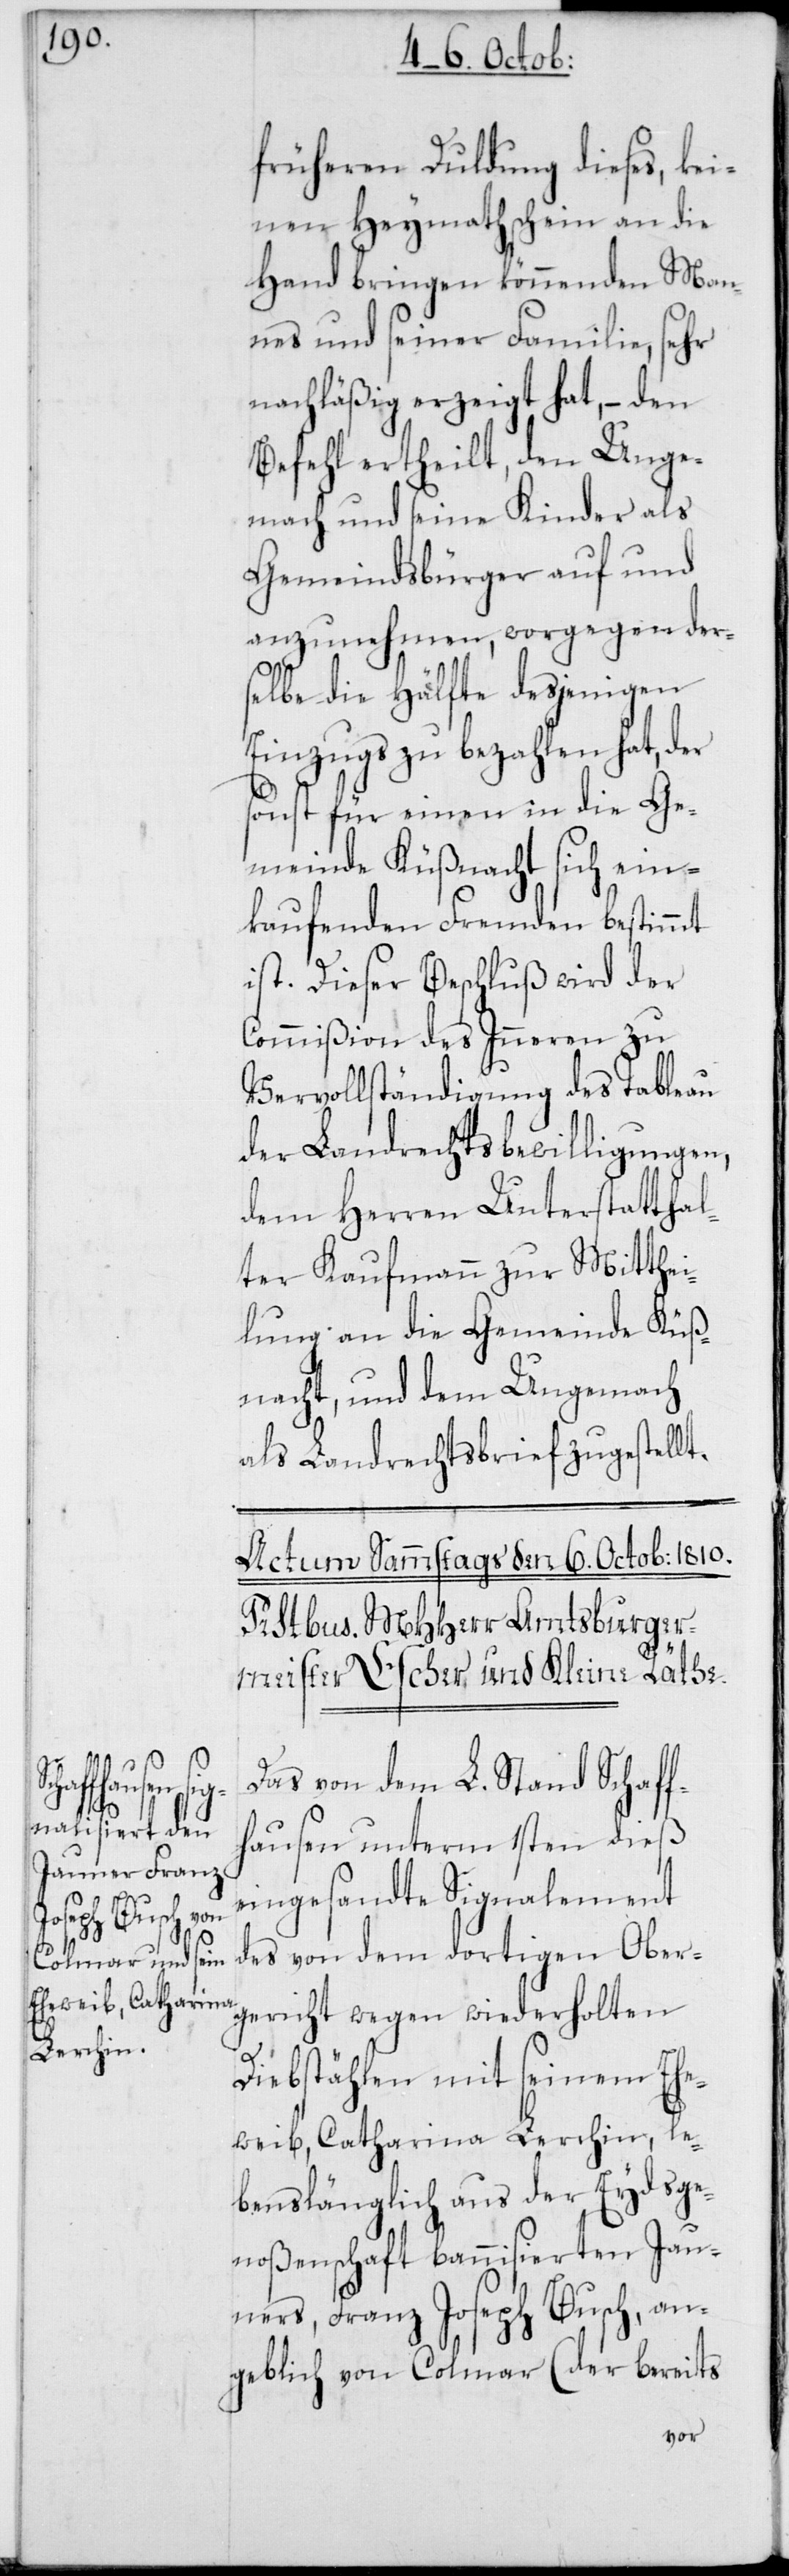
früheren Duldung dieses, kei¬
nen Heymathschein an die
Hand bringen könnenden Man¬
nes und seiner Familie, sehr
nachläßig erzeigt hat, – den
Befehl ertheilt, den Unge¬
mach und seine Kinder als
Gemeindsbürger auf und
anzunehmen, worgegen der¬
selbe die Hälfte desjenigen
Einzugs zu bezahlen hat, der
sonst für einen in die Ge¬
meinde Küßnacht sich ein¬
kaufenden Fremden bestimmt
ist. Dieser Beschluß wird der
Commißion des Inneren zu
Vervollständigung des Tableau
der Landrechtsbewilligungen,
dem Herren Unterstatthal¬
ter Kaufmann zur Mitthei¬
lung an die Gemeinde Küß¬
nacht, und dem Ungemach
als Landrechtsbrief zugestellt.
Das von dem L. Stand Schaf¬
fhausen unterm 1sten dieß
eingesandte Signalement
des von dem dortigen Ober¬
gericht wegen wiederholten
Diebstählen mit seinem Ehe¬
weib, Catharina Lerchin, le¬
benslänglich aus der Eydsge¬
noßenschaft bannisierten Jau¬
ners, Franz Joseph Busch, an¬
geblich von Colmar (der bereits